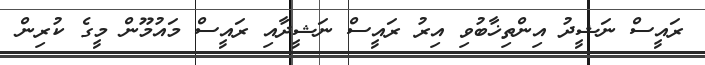
ރައީސް ނަޝީދު އިންތިޚާބުވި އިރު ރައީސް ނަޝީދާއި ރައީސް މައުމޫން މީގެ ކުރިން